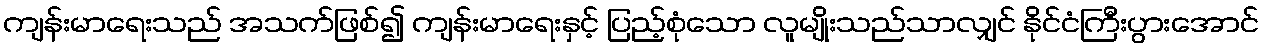
ကျန်းမာရေးသည် အသက်ဖြစ်၍ ကျန်းမာရေးနှင့် ပြည့်စုံသော လူမျိုးသည်သာလျှင် နိုင်ငံကြီးပွားအောင်